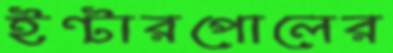
ইন্টারপোলের